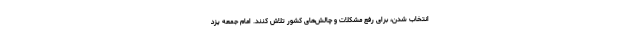
انتخاب شدن، برای رفع مشکلات و چالش‌های کشور تلاش کنند. امام جمعه یزد